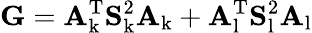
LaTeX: \mathrm{\mathbf G}=\mathrm{\mathbf A_{k}^{T}}\mathrm{\mathbf S_{k}^{2}}\mathrm{\mathbf A_{k}}+\mathrm{\mathbf A_{l}^{T}}\mathrm{\mathbf S_{l}^{2}}\mathrm{\mathbf A_{l}}